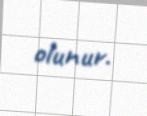
olunur.